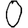
Digit: 0